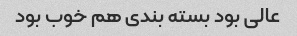
عالی بود بسته بندی هم خوب بود